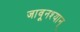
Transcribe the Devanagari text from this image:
जावूनश्यान्